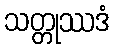
သတ္တုဿဒံ